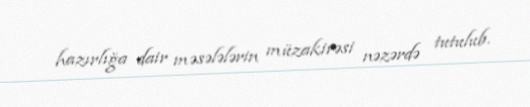
hazırlığa dair məsələlərin müzakirəsi nəzərdə tutulub.